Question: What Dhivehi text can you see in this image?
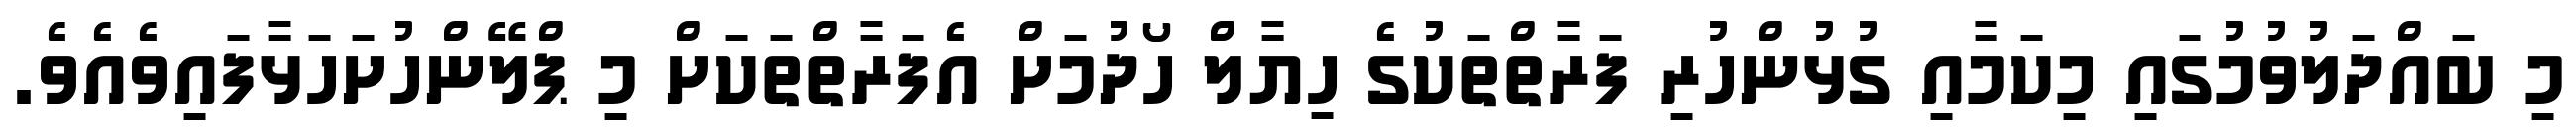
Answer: މި ބައްދަލުވުމުގައި މިކަމާއި ގުޅުންހުރި ފަރާތްތަކުގެ ހިޔާލް ހޯދުމަށް އެފަރާތްތަކަށް މި ޕްލޭންހުށަހަޅާފައިވެއެވެ.